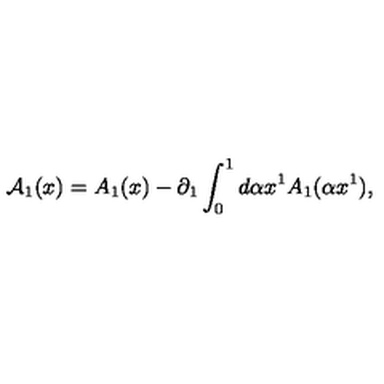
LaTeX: { \cal A } _ { 1 } ( x ) = A _ { 1 } ( x ) - \partial _ { 1 } \int _ { 0 } ^ { 1 } { d \alpha } x ^ { 1 } A _ { 1 } ( \alpha x ^ { 1 } ) ,